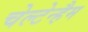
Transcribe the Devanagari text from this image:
चेल्टेन्हैम